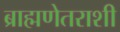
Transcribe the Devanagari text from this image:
ब्राह्मणेतराशी